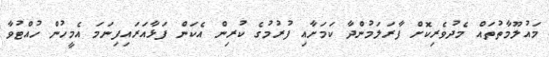
މައުލޫމާތުތައް މެދުވެރިކޮށް ފާރަލަމުންދާ ކަމަށާއި ފުރުމުގެ ކުރިން އެކަން ފަޅާއަރައިފިނަމަ އެމީހުން ހުއްޓުވާ